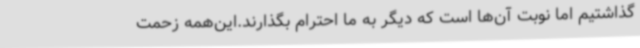
گذاشتیم اما نوبت آن‌ها است که دیگر به ما احترام بگذارند.این‌همه زحمت